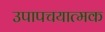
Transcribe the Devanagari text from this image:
उपापचयात्मक